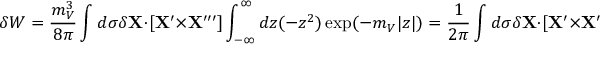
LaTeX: \delta W = { \frac { m _ { V } ^ { 3 } } { 8 \pi } } \int d \sigma \delta { \bf X } \cdot [ { \bf X } ^ { \prime } \times { \bf X } ^ { \prime \prime \prime } ] \int _ { - \infty } ^ { \infty } d z ( - z ^ { 2 } ) \exp ( - m _ { V } | z | ) = { \frac { 1 } { 2 \pi } } \int d \sigma \delta { \bf X } \cdot [ { \bf X } ^ { \prime } \times { \bf X } ^ { \prime \prime \prime } ] .